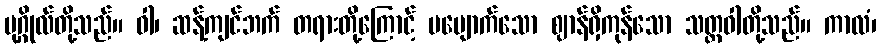
ပုဂ္ဂိုလ်တို့သည်။ ဝါ၊ ဆန့်ကျင်ဘက် တရားတို့ကြောင့် မပျောက်သော ဈာန်ရှိကုန်သော သတ္တဝါတို့သည်။ ကာလံ၊